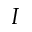
I